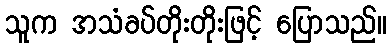
သူက အသံခပ်တိုးတိုးဖြင့် ပြောသည်။